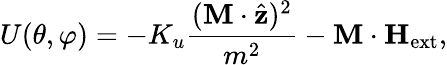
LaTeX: U(\theta,\varphi)=-K_{u}\frac{(\mathbf{M}\cdot\hat{\mathbf{z}})^{2}}{m^{2}}-\mathbf{M}\cdot\mathbf{H}_{\mathrm{ext}},